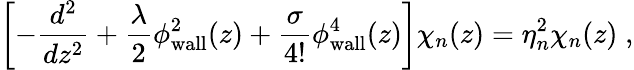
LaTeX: \left[-\frac{d^{2}}{dz^{2}}+\frac{\lambda}{2}\phi_{\mathrm{wall}}^{2}(z)+\frac{\sigma}{4!}\phi_{\mathrm{wall}}^{4}(z)\right]\chi_{n}(z)=\eta_{n}^{2}\chi_{n}(z)\; ,